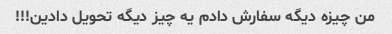
من چیزه دیگه سفارش دادم یه چیز دیگه تحویل دادین!!!